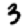
Digit: 3